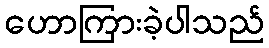
ဟောကြားခဲ့ပါသည်